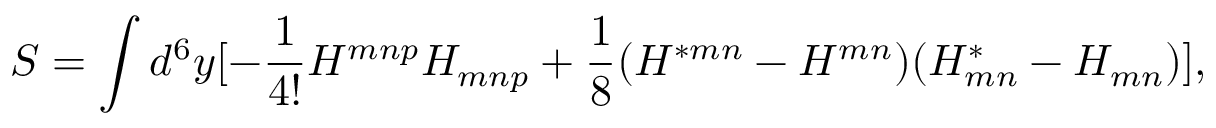
S = \int d ^ { 6 } y [ - { \frac { 1 } { 4 ! } } H ^ { m n p } H _ { m n p } + { \frac { 1 } { 8 } } ( H ^ { * m n } - H ^ { m n } ) ( H _ { m n } ^ { * } - H _ { m n } ) ] ,